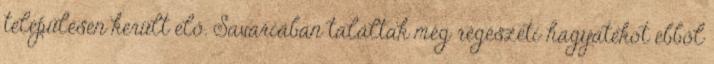
településen került elő. Savariában találtak még régészeti hagyatékot ebből